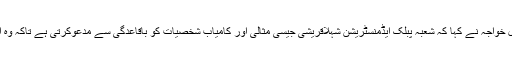
شعبہ پبلک ایڈمنسٹریشن کی پروفیسر ڈاکٹر غزل خواجہ نے کہا کہ شعبہ پبلک ایڈمنسٹریشن شہلاقریشی جیسی مثالی اور کامیاب شخصیات کو باقاعدگی سے مدعوکرتی ہے تاکہ وہ اپنی کامیابی کی داستانیں طلبہ سے شیئر کریں ۔